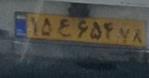
۱۵ع۶۵۴۷۸